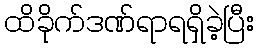
ထိခိုက်ဒဏ်ရာရရှိခဲ့ပြီး